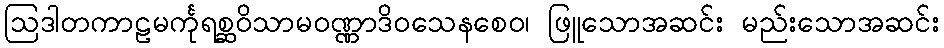
ဩဒါတကာဠမင်္ကုရစ္ဆဝိသာမဝဏ္ဏာဒိဝသေနစေဝ၊ ဖြူသောအဆင်း မည်းသောအဆင်း